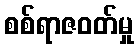
စစ်ရာဇဝတ်မှု